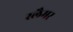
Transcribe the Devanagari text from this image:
स्लैमर